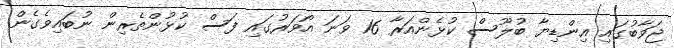
ޖަވާބުގައި އިންޑިޔާ ބުލޫސް ކުޅެންއަރާ 16 ވަނަ އޯވަރުގައި ފަސް ކުޅުންތެރިން ނުބައިވެގެން